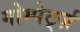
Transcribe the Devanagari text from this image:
गोम्पेर्ट्ज़